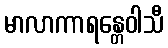
မာလာကာရန္တေဝါသီ